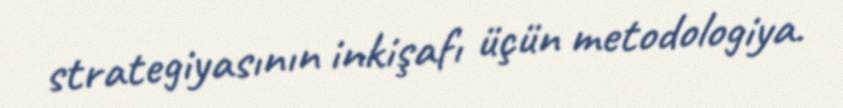
strategiyasının inkişafı üçün metodologiya.